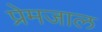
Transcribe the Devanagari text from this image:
प्रेमजाल